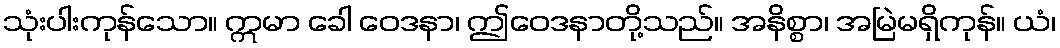
သုံးပါးကုန်သော။ ဣမာ ခေါ ဝေဒနာ၊ ဤဝေဒနာတို့သည်။ အနိစ္စာ၊ အမြဲမရှိကုန်။ ယံ၊